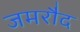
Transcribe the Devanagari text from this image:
जमरौद